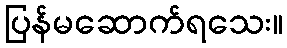
ပြန်မဆောက်ရသေး။